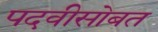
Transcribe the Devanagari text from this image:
पदवीसोबत